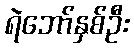
ရဲဘော်နှစ်ဦး